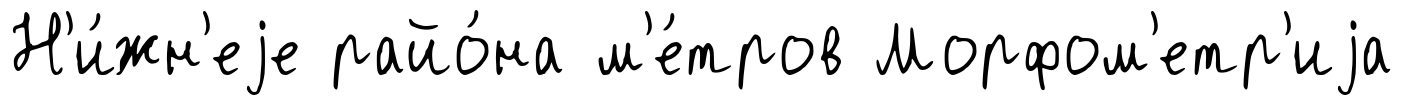
Н'и́жн'еjе райо́на м'е́тров Морфом'етр'иjа